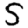
Digit: 5